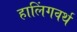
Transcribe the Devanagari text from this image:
हालिंगवर्थ